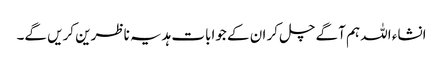
انشاء اللہ ہم آگے چل کر ان کے جوابات ہدیہ ناظرین کریں گے۔